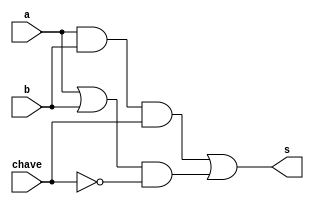
// -------------------------
// Exemplo0032 
// Nome: Mateus Lima Batista
// -------------------------
// -------------------------
// Mateus_gate
// -------------------------


module mateus(s,a,b,chave);

output s;

input a;
input b;
input chave;

wire temp1;
wire temp2;
wire temp3;
wire temp4;

assign temp1 = a&b;
assign temp2 = a|b;
assign temp3 = temp1&chave;
assign temp4 = temp2&(~chave);
assign s = temp3 | temp4;

endmodule

module testMateus;

reg a;
reg b;
reg chave;

wire s;

mateus lima(s,a,b,chave);

initial begin: main

$display("Exemplo0031 - mateus lima batista - 451410");
$display("Test LU's module");

a = 0;
b = 0;
chave = 0;

$monitor("a = %3b b = %3b\nchave =%3b\ns = %3b",a,b,chave,s);
#1 a = 0; b = 1;chave = 0;
#1 a = 1; b = 1;chave = 0;
#1 a = 1; b = 0;chave = 0;
#1 a = 0; b = 0;chave = 1;
#1 a = 0; b = 1;chave = 1;
#1 a = 1; b = 1;chave = 1;
#1 a = 1; b = 0;chave = 1;

end
endmodule